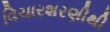
વિચારશરણીથી